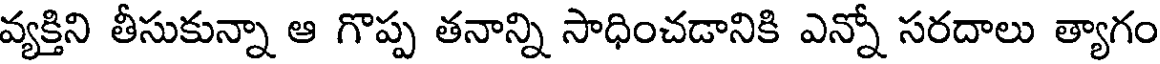
వ్యక్తిని తీసుకున్నా ఆ గొప్ప తనాన్ని సాధించడానికి ఎన్నో సరదాలు త్యాగం